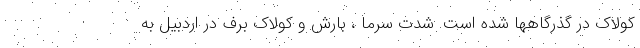
کولاک در گذرگاهها شده است. شدت سرما ، بارش و کولاک برف در اردبیل به